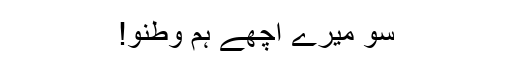
سو میرے اچھے ہم وطنو!